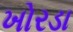
ખોરડા